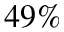
4 9 \%